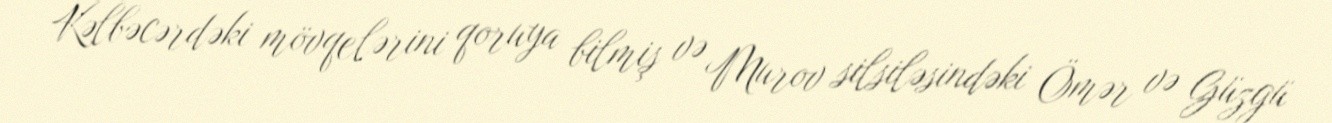
Kəlbəcərdəki mövqelərini qoruya bilmiş və Murov silsiləsindəki Ömər və Güzgü